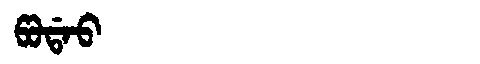
Manchu: ᡦᠣᡩᠠᠣ
Romanization: PODAO